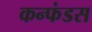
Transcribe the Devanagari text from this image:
कन्फंडस